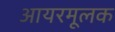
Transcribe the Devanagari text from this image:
आयरमूलक